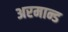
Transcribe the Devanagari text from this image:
अरमान्ड